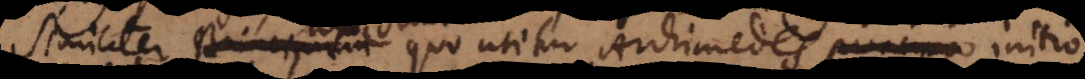
Similiter principium quo utitur Archimedes principio